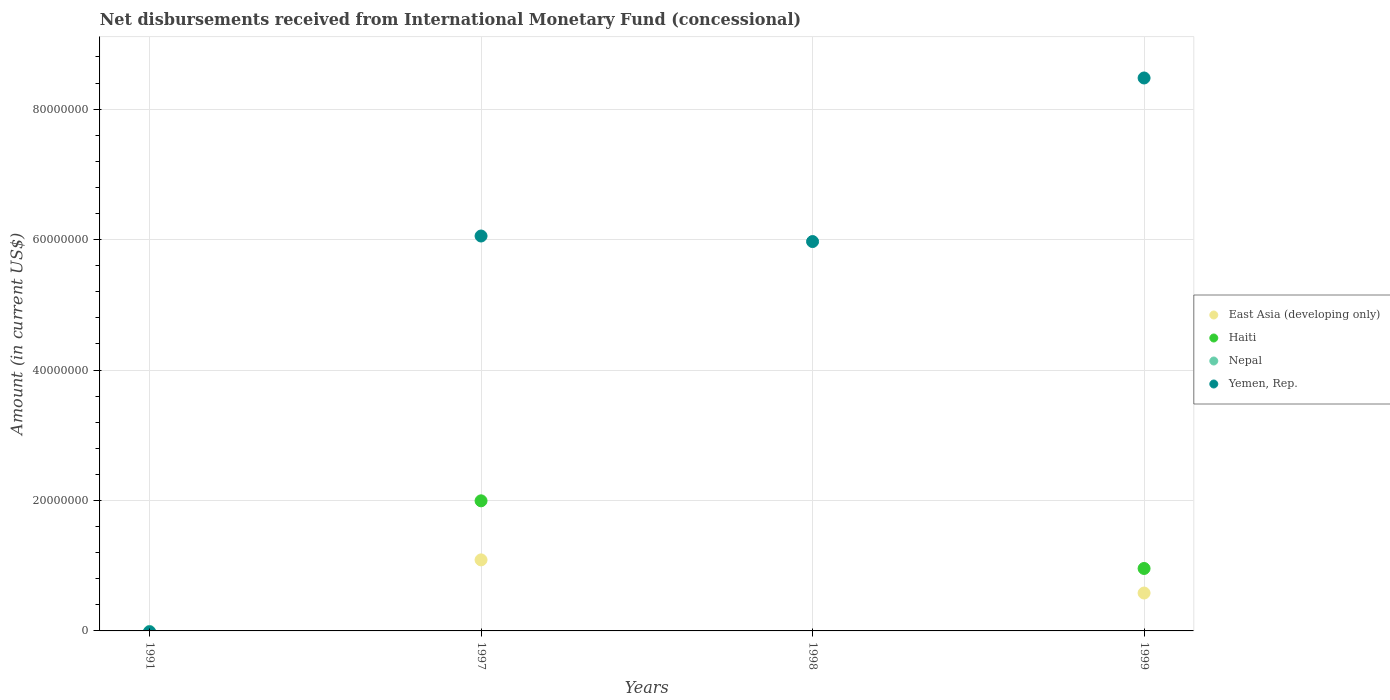
| Years | East Asia (developing only) | Haiti | Nepal | Yemen, Rep. |
 | --- | --- | --- | --- | --- |
 | 1991 | -4.22e+07 | -4.39e+06 | -7.1e+04 | -1.51e+05 |
 | 1997 | 1.09e+07 | 1.99e+07 | -7.19e+06 | 6.05e+07 |
 | 1998 | -7.62e+06 | -5.32e+06 | -6.58e+06 | 5.97e+07 |
 | 1999 | 5.81e+06 | 9.57e+06 | -5.87e+06 | 8.48e+07 |